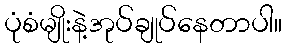
ပုံစံမျိုးနဲ့အုပ်ချုပ်နေတာပါ။